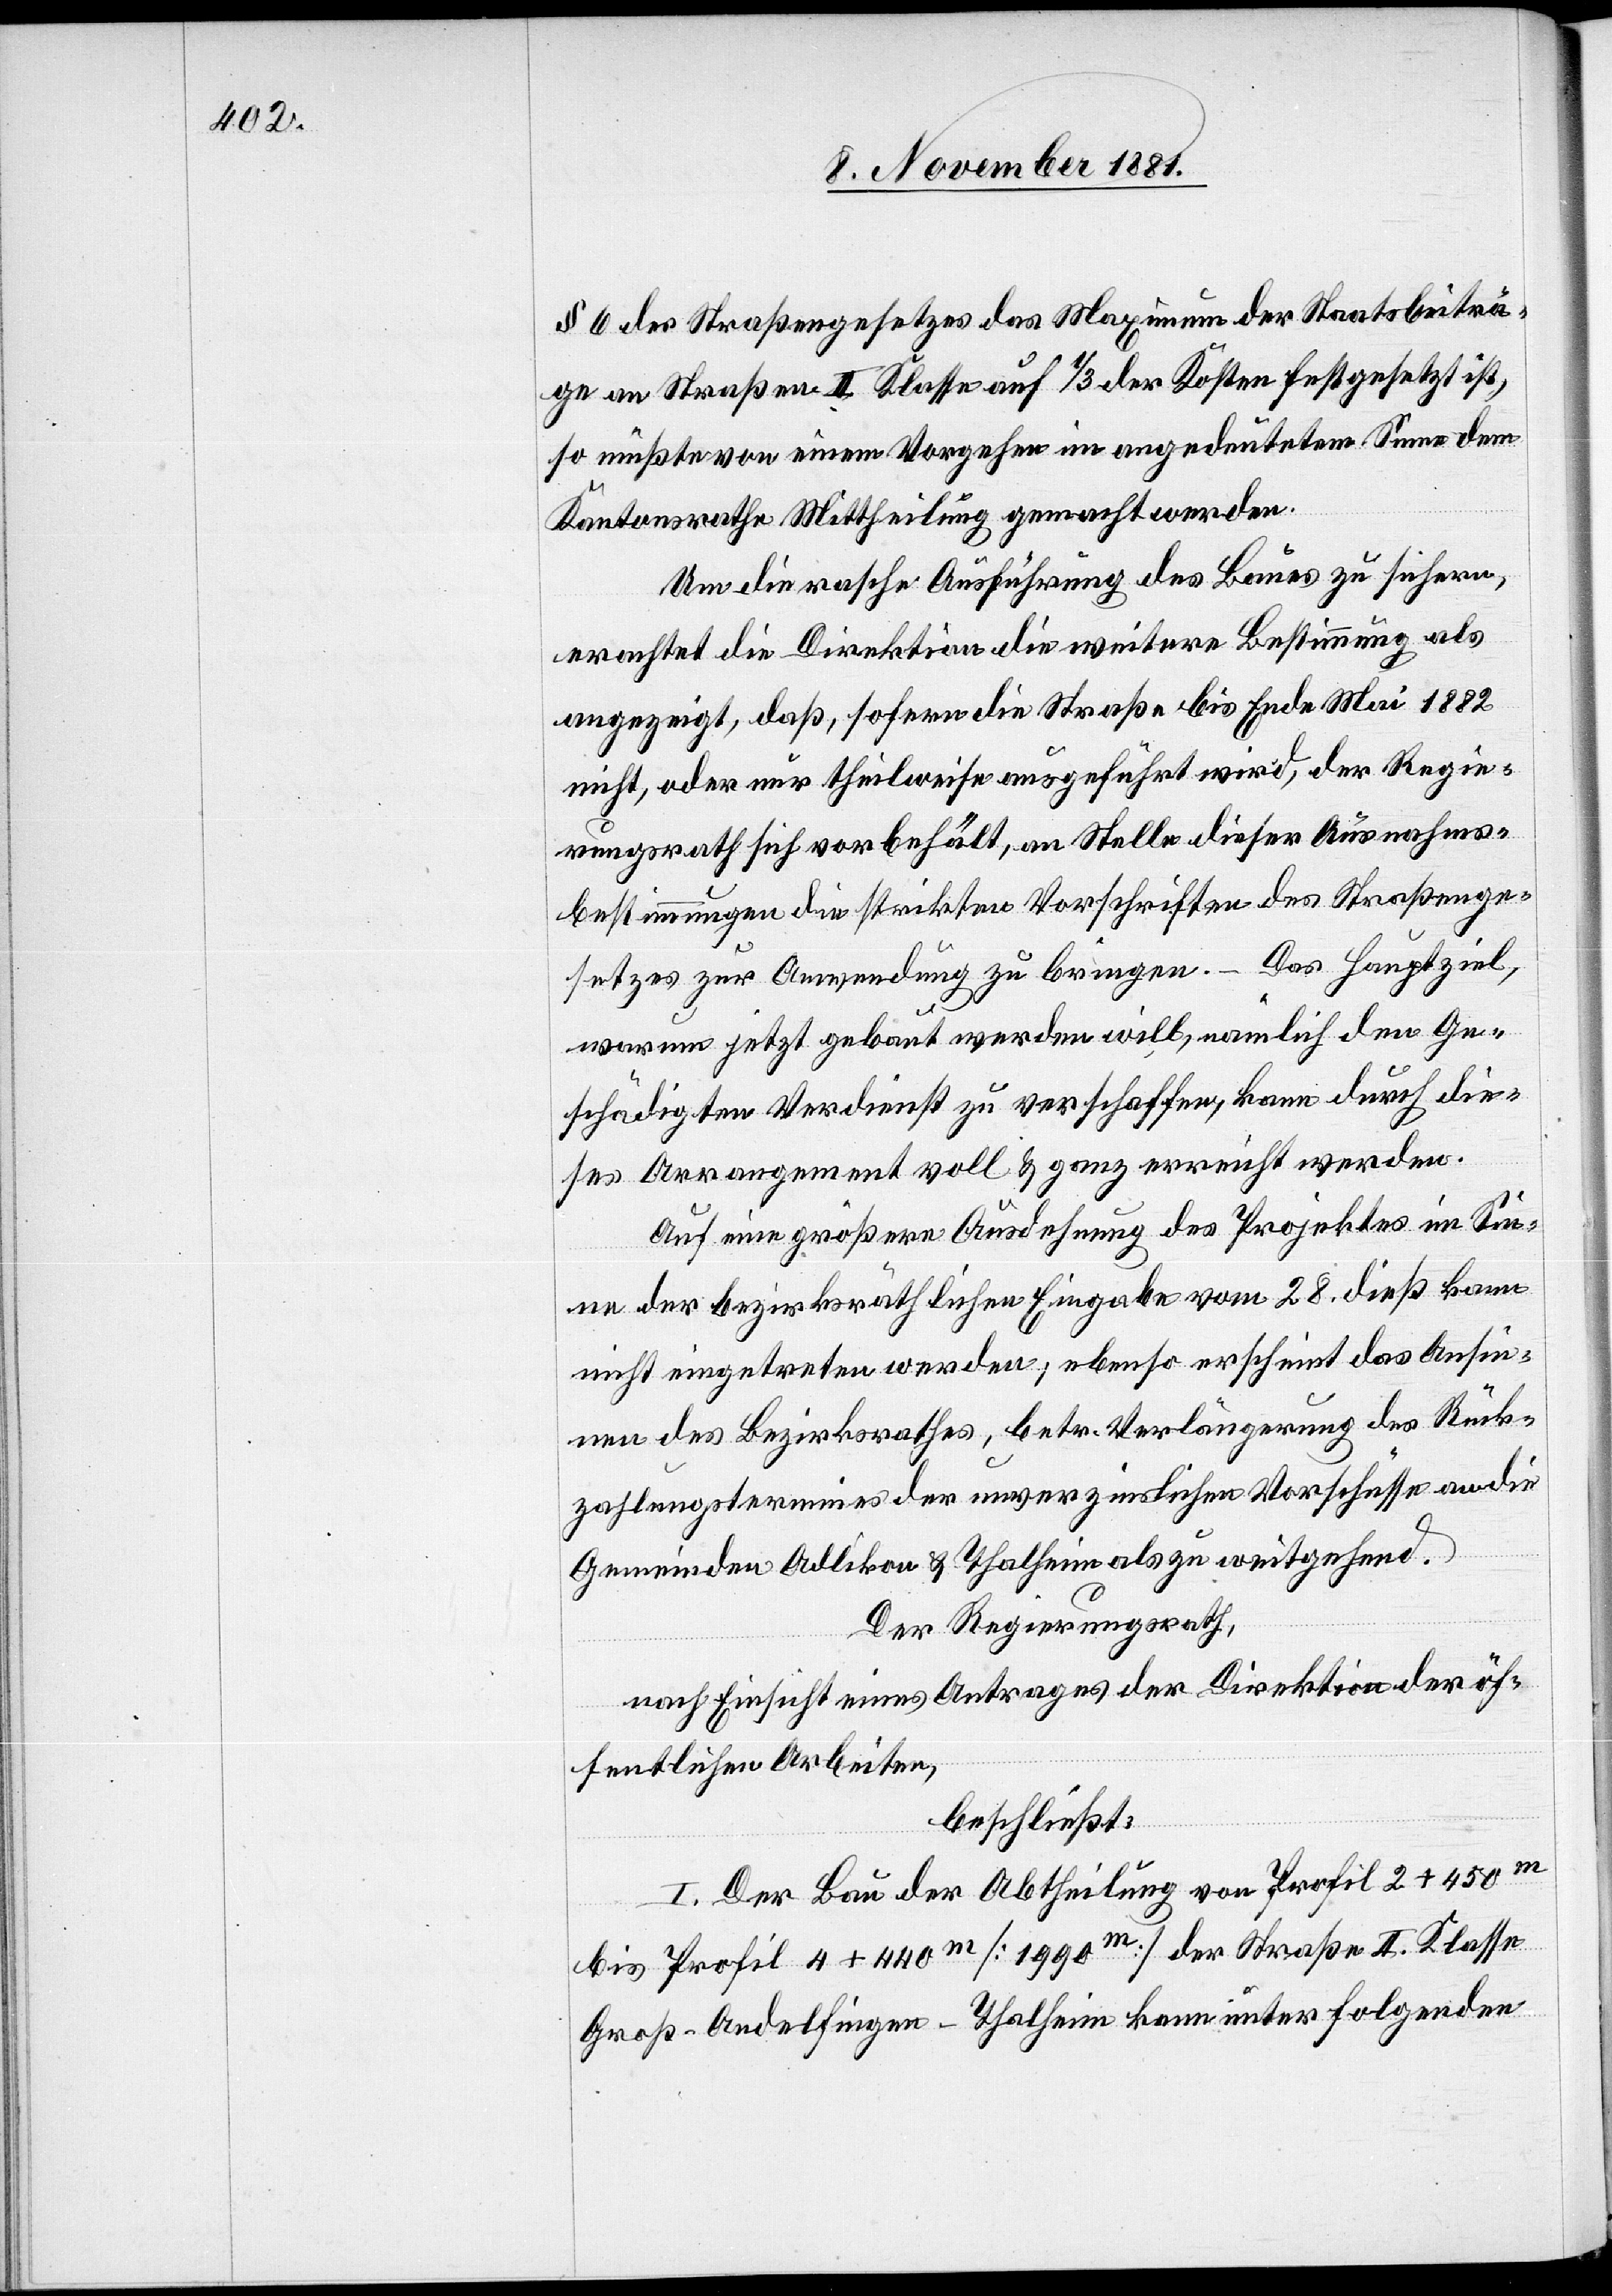
§ 6 des Straßengesetzes das Maximum der Staatsbeiträ¬
ge an Straßen II. Klasse auf 1/3 der Kosten festgesetzt ist,
so müßte von einem Vorgehen im angedeuteten Sinne dem
Kantonsrathe Mittheilung gemacht werden.
Um die rasche Ausführung des Baues zu sichern,
erachtet die Direktion die weitere Bestimmung als
angezeigt, daß, sofern die Straße bis Ende Mai 1882
nicht, oder nur theilweise ausgeführt wird, der Regie¬
rungsrath sich vorbehält, an Stelle dieser Ausnahms¬
bestimmungen die strikten Vorschriften des Straßenge¬
setztes zur Anwendung zu bringen. –Das Hauptziel,
warum jetzt gebaut werden will, nämlich den Ge¬
schädigten Verdienst zu verschaffen, kann durch die¬
ses Arrangement voll & ganz erreicht werden.
Auf eine größere Ausdehnung des Projektes im Sin¬
ne der bezirksräthlichen Eingabe vom 28. dieß kann
nicht eingetreten werden; ebenso erscheint das Ansin¬
nen des Bezirksrathes, betr. Verlängerung des Rück¬
zahlungstermines der unverzinslichen Vorschüsse an die
Gemeinden Adlikon & Thalheim als zu weitgehend.
Der Regierungsrath,
nach Einsicht eines Antrages der Direktion der öf¬
fentlichen Arbeiten,
beschließt:
I. Der Bau der Abtheilung von Profil 2 + 450m
bis Profil 4 + 400m [1990m] der Straße II. Klasse
Groß-Andelfingen–Thalheim kann unter folgenden